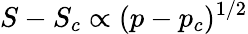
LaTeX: S-S_{c}\propto(p-p_{c})^{1/2}